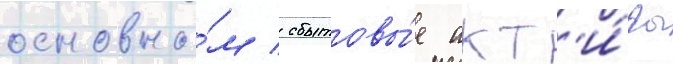
основно́м / сбытовы́е акт'и́вы